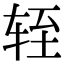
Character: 轾